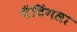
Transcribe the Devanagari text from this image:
पैंटिंगला